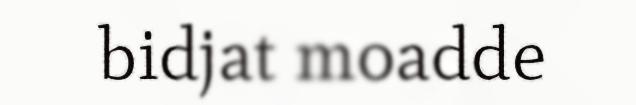
bidjat moadde